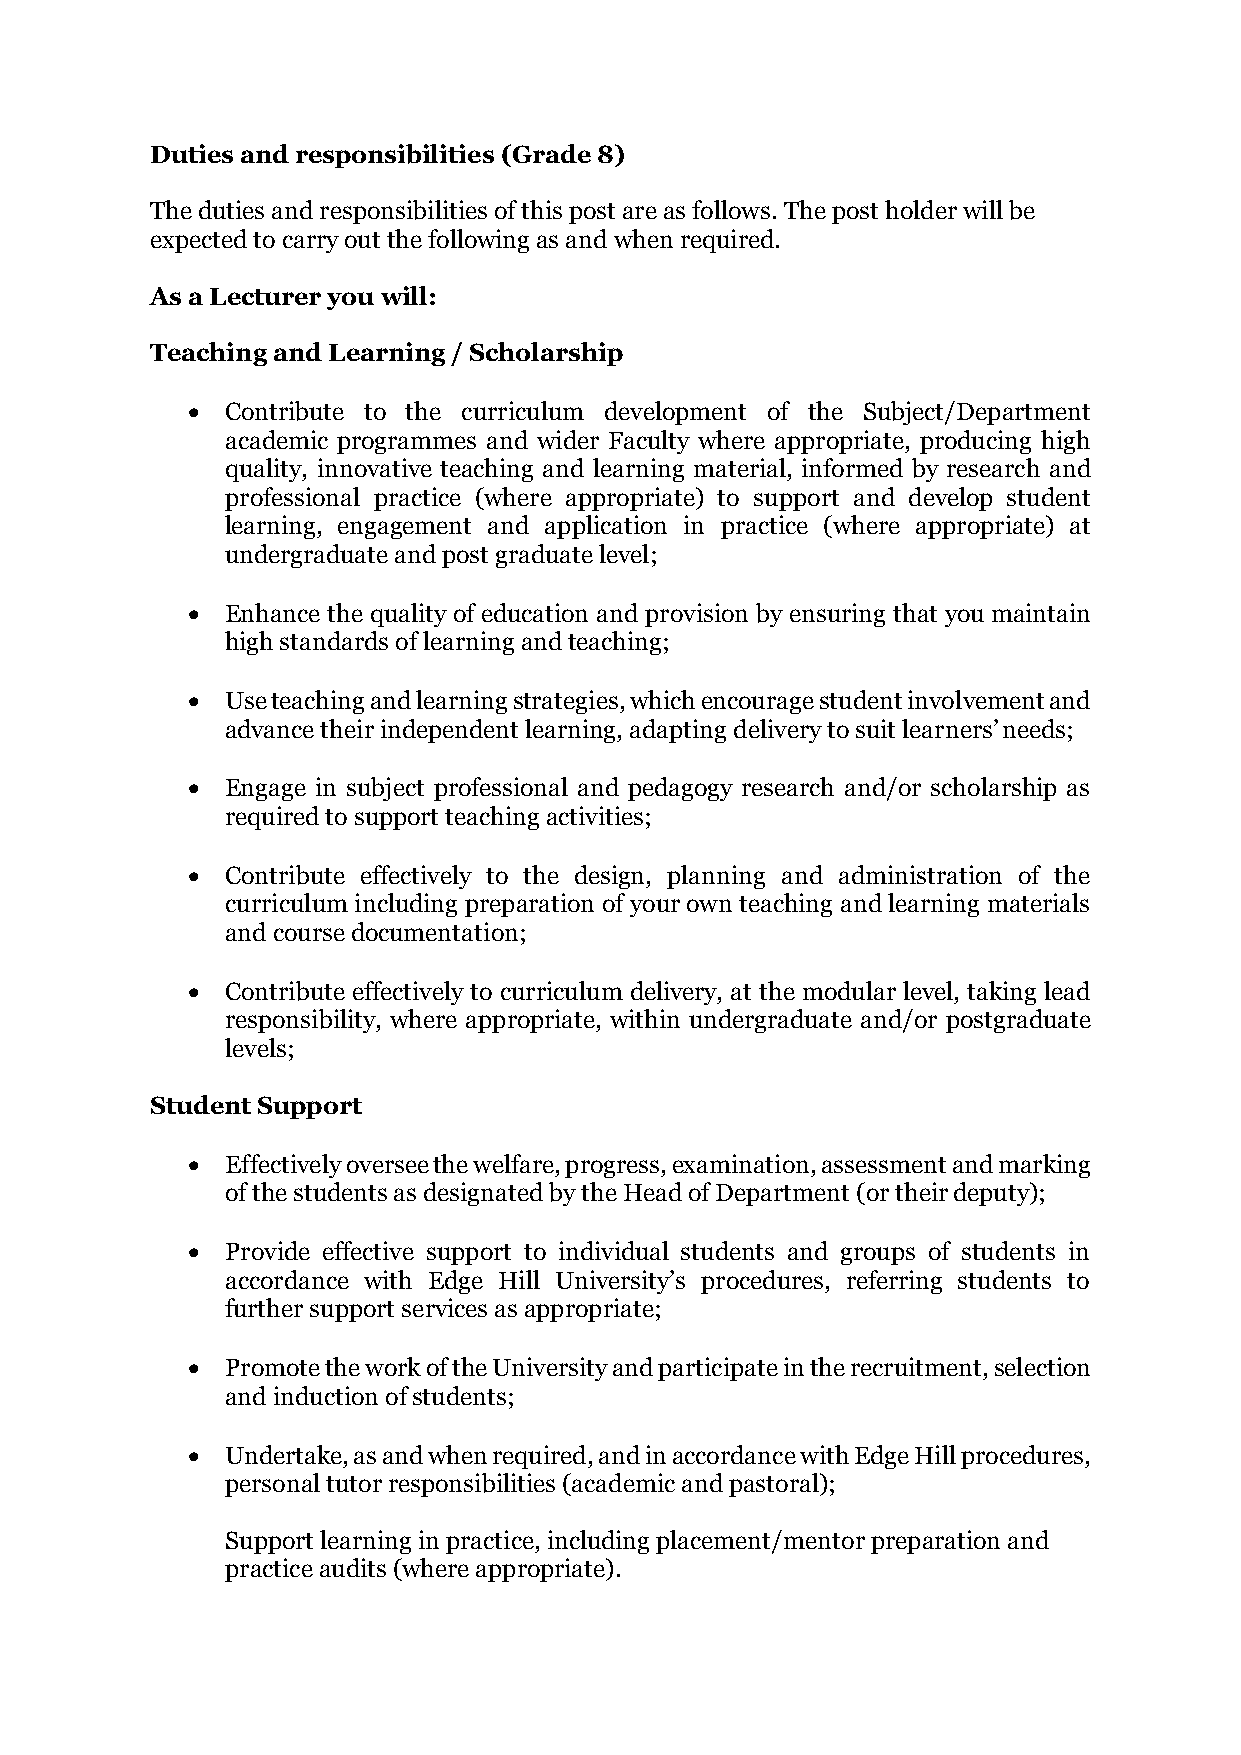
Duties and responsibilities (Grade 8)
 The duties and responsibilities of this post are as follows. The post holder will be
 expected to carry out the following as and when required.
 As a Lecturer you will:
 Teaching and Learning / Scholarship
 •  Contribute to the curriculum development of the Subject/Department
 academic programmes and wider Faculty where appropriate, producing high
 quality, innovative teaching and learning material, informed by research and
 professional practice (where appropriate) to support and develop student
 learning, engagement and application in practice (where appropriate) at
 undergraduate and post graduate level;
 •  Enhance the quality of education and provision by ensuring that you maintain
 high standards of learning and teaching;
 •  Use teaching and learning strategies, which encourage student involvement and
 advance their independent learning, adapting delivery to suit learners’ needs;
 •  Engage in subject professional and pedagogy research and/or scholarship as
 required to support teaching activities;
 •  Contribute effectively to the design, planning and administration of the
 curriculum including preparation of your own teaching and learning materials
 and course documentation;
 •  Contribute effectively to curriculum delivery, at the modular level, taking lead
 responsibility, where appropriate, within undergraduate and/or postgraduate
 levels;
 Student Support
 •  Effectively oversee the welfare, progress, examination, assessment and marking
 of the students as designated by the Head of Department (or their deputy);
 •  Provide effective support to individual students and groups of students in
 accordance with Edge Hill University’s procedures, referring students to
 further support services as appropriate;
 •  Promote the work of the University and participate in the recruitment, selection
 and induction of students;
 •  Undertake, as and when required, and in accordance with Edge Hill procedures,
 personal tutor responsibilities (academic and pastoral);
 Support learning in practice, including placement/mentor preparation and
 practice audits (where appropriate).